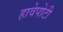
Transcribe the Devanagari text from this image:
हावेपोटी